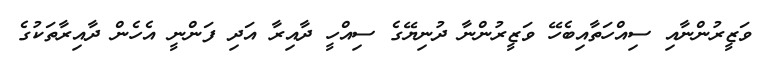
ވަޒީރުންނާއި ސިއްހަތާއިބެހޭ ވަޒީރުންނާ ދުނިޔޭގެ ސިއްހީ ދާއިރާ އަދި ފަންނީ އެހެން ދާއިރާތަކުގެ